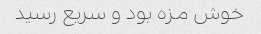
خوش مزه بود و سریع رسید